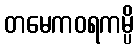
တမေကဝရကမ္ပိ